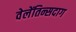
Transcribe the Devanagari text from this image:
वेलेंतिन्सदाग